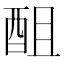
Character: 䣯